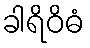
ခါရိဝိဓံ